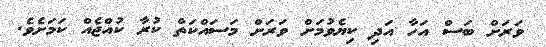
ވަރަށް ބަސް އަހާ އަދި ކިޔެވުމަށް ވަރަށް މަސައްކަތް ކުރާ ކުއްޖެއް ކަމަށެވެ.